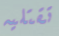
تقتليه